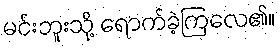
မင်းဘူးသို့ ရောက်ခဲ့ကြလေ၏။